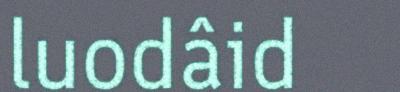
luodâid